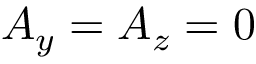
A _ { y } = A _ { z } = 0